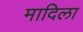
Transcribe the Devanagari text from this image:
मादिला